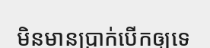
មិនមានប្រាក់បើកឲ្យទេ